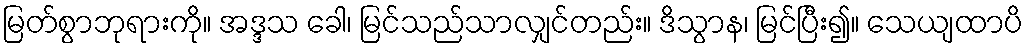
မြတ်စွာဘုရားကို။ အဒ္ဒသ ခေါ၊ မြင်သည်သာလျှင်တည်း။ ဒိသွာန၊ မြင်ပြီး၍။ သေယျထာပိ